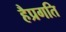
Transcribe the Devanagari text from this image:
हैप्रगति